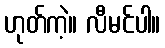
ဟုတ်ကဲ့။ လီမင်ပါ။